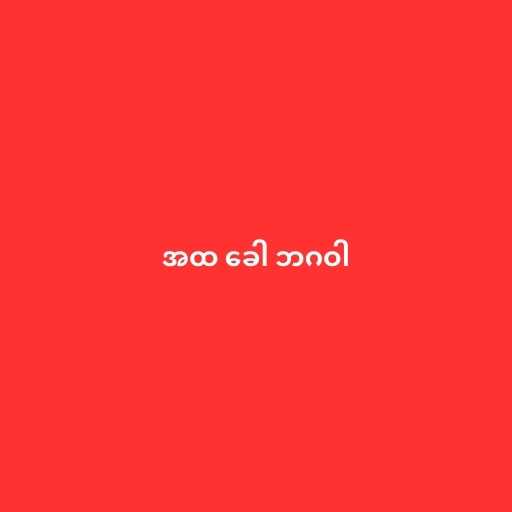
အထ ခေါ ဘဂဝါ